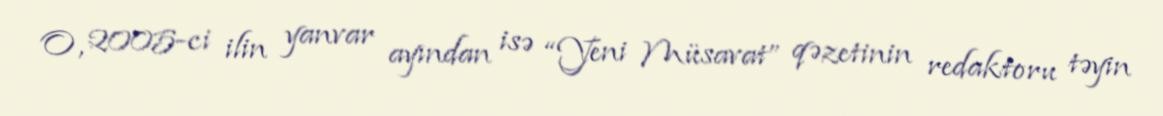
O, 2005-ci ilin yanvar ayından isə “Yeni Müsavat” qəzetinin redaktoru təyin